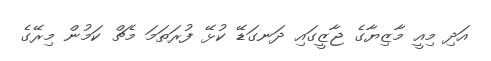
އަދި މިއީ މާޒިޔާގެ ޖާޒީގައި ދަނގަޑޭ ކުޅޭ ފުރަތަމަ މެޗް ކަމުން މިރޭގެ